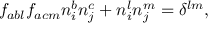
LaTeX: f _ { a b l } f _ { a c m } n _ { i } ^ { b } n _ { j } ^ { c } + n _ { i } ^ { l } n _ { j } ^ { m } = \delta ^ { l m } ,